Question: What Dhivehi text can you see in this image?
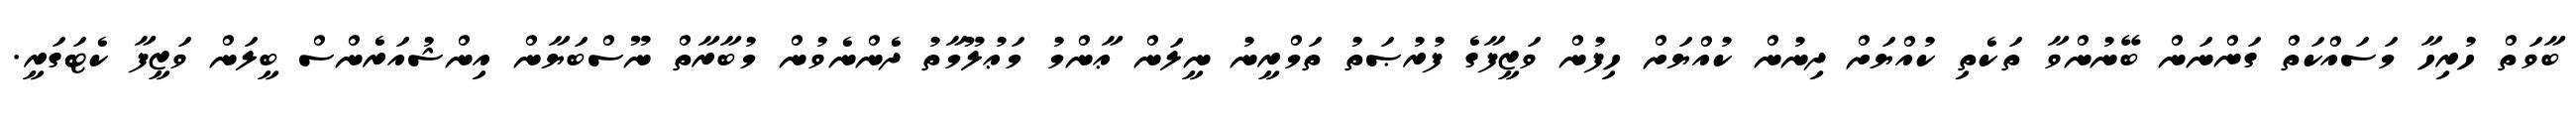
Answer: ބާވަތް ހުރިހާ މަސައްކަތް ގަންނަން ބޭނުންވާ ތަކެތި ކުއްޔަށް ދިނުން ކުއްޔަށް ހިފުން ވަޒީފާގެ ފުރުޞަތު ތަމްރީނު ނީލަން ޢާންމު މަޢުލޫމާތު ދެންނެވުން މުބާރާތް ނޫސްބަޔާން އިންޝުއަރެންސް ބީލަން ވަޒީފާ ކެޓަގަރީ.